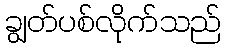
ချွတ်ပစ်လိုက်သည်